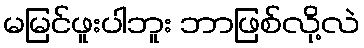
မမြင်ဖူးပါဘူး ဘာဖြစ်လို့လဲ